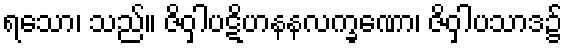
ရသော၊ သည်။ ဇိဝှါပဋိဟနနလက္ခဏော၊ ဇိဝှါပသာဒ၌